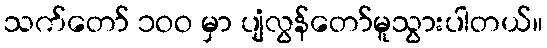
သက်တော် ၁ဝဝ မှာ ပျံလွန်တော်မူသွားပါတယ်။